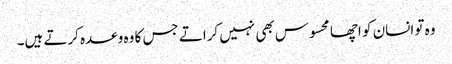
وہ تو انسان کو اچھا محسوس بھی نہیں کراتے جس کا وہ وعدہ کرتے ہیں۔